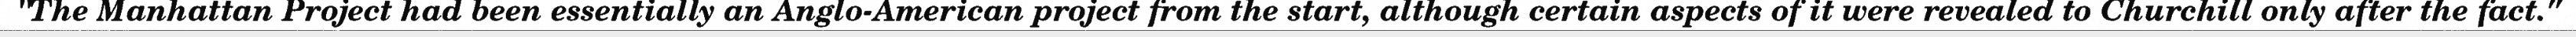
"The Manhattan Project had been essentially an Anglo-American project from the start, although certain aspects of it were revealed to Churchill only after the fact."